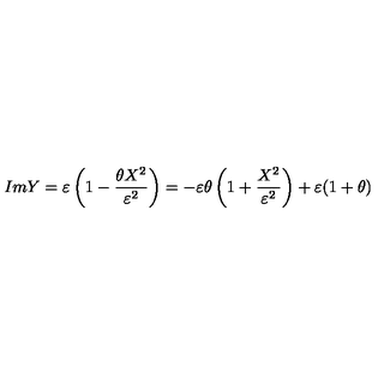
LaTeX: I m Y = \varepsilon \left( 1 - \frac { \theta X ^ { 2 } } { \varepsilon ^ { 2 } } \right) = - \varepsilon \theta \left( 1 + \frac { X ^ { 2 } } { \varepsilon ^ { 2 } } \right) + \varepsilon ( 1 + \theta )